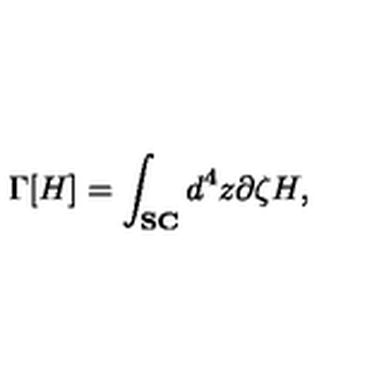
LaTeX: \Gamma [ H ] = \int _ { \bf S C } d ^ { 4 } z \partial \zeta H ,